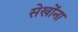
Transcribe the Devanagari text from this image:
सेखोंना